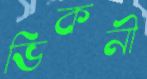
ভিকনী